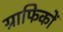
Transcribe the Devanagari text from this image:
ग्राफिकों